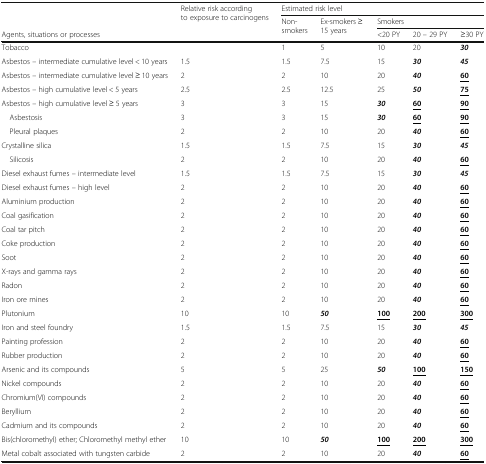
<table><thead><tr><td></td><td rowspan="3"><b>Relative risk according to exposure to carcinogens</b></td><td colspan="5"><b>Estimated risk level</b></td></tr><tr><td></td><td rowspan="2"><b>Non-smokers</b></td><td rowspan="2"><b>Ex-smokers ≥ 15 years</b></td><td colspan="3"><b>Smokers</b></td></tr><tr><td><b>Agents, situations or processes</b></td><td><b>&lt;20 PY</b></td><td><b>20 – 29 PY</b></td><td><b>≥30 PY</b></td></tr></thead><tbody><tr><td>Tobacco</td><td></td><td>1</td><td>5</td><td>10</td><td>20</td><td><b><i>30</i></b></td></tr><tr><td>Asbestos – intermediate cumulative level &lt; 10 years</td><td>1.5</td><td>1.5</td><td>7.5</td><td>15</td><td><b><i>30</i></b></td><td><b><i>45</i></b></td></tr><tr><td>Asbestos – intermediate cumulative level ≥ 10 years</td><td>2</td><td>2</td><td>10</td><td>20</td><td><b><i>40</i></b></td><td><b><underline>60</underline></b></td></tr><tr><td>Asbestos – high cumulative level &lt; 5 years</td><td>2.5</td><td>2.5</td><td>12.5</td><td>25</td><td><b><i>50</i></b></td><td><b><underline>75</underline></b></td></tr><tr><td>Asbestos – high cumulative level ≥ 5 years</td><td>3</td><td>3</td><td>15</td><td><b><i>30</i></b></td><td><b><underline>60</underline></b></td><td><b><underline>90</underline></b></td></tr><tr><td> Asbestosis</td><td>3</td><td>3</td><td>15</td><td><b><i>30</i></b></td><td><b><underline>60</underline></b></td><td><b><underline>90</underline></b></td></tr><tr><td> Pleural plaques</td><td>2</td><td>2</td><td>10</td><td>20</td><td><b><i>40</i></b></td><td><b><underline>60</underline></b></td></tr><tr><td>Crystalline silica</td><td>1.5</td><td>1.5</td><td>7.5</td><td>15</td><td><b><i>30</i></b></td><td><b><i>45</i></b></td></tr><tr><td> Silicosis</td><td>2</td><td>2</td><td>10</td><td>20</td><td><b><i>40</i></b></td><td><b><underline>60</underline></b></td></tr><tr><td>Diesel exhaust fumes – intermediate level</td><td>1.5</td><td>1.5</td><td>7.5</td><td>15</td><td><b><i>30</i></b></td><td><b><i>45</i></b></td></tr><tr><td>Diesel exhaust fumes – high level</td><td>2</td><td>2</td><td>10</td><td>20</td><td><b><i>40</i></b></td><td><b><underline>60</underline></b></td></tr><tr><td>Aluminium production</td><td>2</td><td>2</td><td>10</td><td>20</td><td><b><i>40</i></b></td><td><b><underline>60</underline></b></td></tr><tr><td>Coal gasification</td><td>2</td><td>2</td><td>10</td><td>20</td><td><b><i>40</i></b></td><td><b><underline>60</underline></b></td></tr><tr><td>Coal tar pitch</td><td>2</td><td>2</td><td>10</td><td>20</td><td><b><i>40</i></b></td><td><b><underline>60</underline></b></td></tr><tr><td>Coke production</td><td>2</td><td>2</td><td>10</td><td>20</td><td><b><i>40</i></b></td><td><b><underline>60</underline></b></td></tr><tr><td>Soot</td><td>2</td><td>2</td><td>10</td><td>20</td><td><b><i>40</i></b></td><td><b><underline>60</underline></b></td></tr><tr><td>X-rays and gamma rays</td><td>2</td><td>2</td><td>10</td><td>20</td><td><b><i>40</i></b></td><td><b><underline>60</underline></b></td></tr><tr><td>Radon</td><td>2</td><td>2</td><td>10</td><td>20</td><td><b><i>40</i></b></td><td><b><underline>60</underline></b></td></tr><tr><td>Iron ore mines</td><td>2</td><td>2</td><td>10</td><td>20</td><td><b><i>40</i></b></td><td><b><underline>60</underline></b></td></tr><tr><td>Plutonium</td><td>10</td><td>10</td><td><b><i>50</i></b></td><td><b><underline>100</underline></b></td><td><b><underline>200</underline></b></td><td><b><underline>300</underline></b></td></tr><tr><td>Iron and steel foundry</td><td>1.5</td><td>1.5</td><td>7.5</td><td>15</td><td><b><i>30</i></b></td><td><b><i>45</i></b></td></tr><tr><td>Painting profession</td><td>2</td><td>2</td><td>10</td><td>20</td><td><b><i>40</i></b></td><td><b><underline>60</underline></b></td></tr><tr><td>Rubber production</td><td>2</td><td>2</td><td>10</td><td>20</td><td><b><i>40</i></b></td><td><b><underline>60</underline></b></td></tr><tr><td>Arsenic and its compounds</td><td>5</td><td>5</td><td>25</td><td><b><i>50</i></b></td><td><b><underline>100</underline></b></td><td><b><underline>150</underline></b></td></tr><tr><td>Nickel compounds</td><td>2</td><td>2</td><td>10</td><td>20</td><td><b><i>40</i></b></td><td><b><underline>60</underline></b></td></tr><tr><td>Chromium(VI) compounds</td><td>2</td><td>2</td><td>10</td><td>20</td><td><b><i>40</i></b></td><td><b><underline>60</underline></b></td></tr><tr><td>Beryllium</td><td>2</td><td>2</td><td>10</td><td>20</td><td><b><i>40</i></b></td><td><b><underline>60</underline></b></td></tr><tr><td>Cadmium and its compounds</td><td>2</td><td>2</td><td>10</td><td>20</td><td><b><i>40</i></b></td><td><b><underline>60</underline></b></td></tr><tr><td>Bis(chloromethyl) ether; Chloromethyl methyl ether</td><td>10</td><td>10</td><td><b><i>50</i></b></td><td><b><underline>100</underline></b></td><td><b><underline>200</underline></b></td><td><b><underline>300</underline></b></td></tr><tr><td>Metal cobalt associated with tungsten carbide</td><td>2</td><td>2</td><td>10</td><td>20</td><td><b><i>40</i></b></td><td><b><underline>60</underline></b></td></tr></tbody></table>